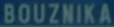
BOUZNIKA